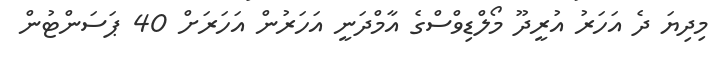
މިދިޔަ ދެ އަހަރު އުރީދޫ މޯލްޑިވްސްގެ އާމްދަނީ އަހަރުން އަހަރަށް 40 ޕަސަންޓުން